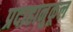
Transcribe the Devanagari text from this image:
प्रदाहानुकूल